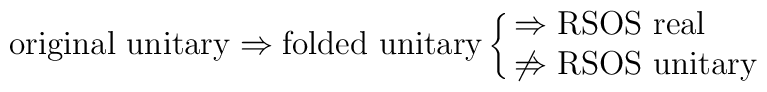
\hbox{original unitary}\Rightarrow \hbox{folded unitary}\cases{\Rightarrow \hbox{RSOS real} \cr\not\Rightarrow \hbox{RSOS unitary}}